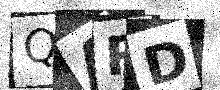
Text: QARD